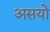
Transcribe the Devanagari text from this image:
असयो